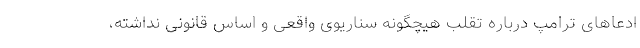
ادعاهای ترامپ درباره تقلب هیچگونه سناریوی واقعی و اساس قانونی نداشته،